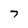
Character: 7